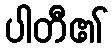
ပါတီ၏